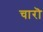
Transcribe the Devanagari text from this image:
चारॊ